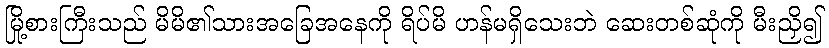
မြို့စားကြီးသည် မိမိ၏သားအခြေအနေကို ရိပ်မိ ဟန်မရှိသေးဘဲ ဆေးတစ်ဆုံကို မီးညှိ၍